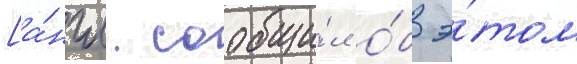
[а́нгл. сообщи́л о́б э́том